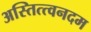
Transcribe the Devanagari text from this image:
अस्तित्त्वनदम